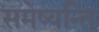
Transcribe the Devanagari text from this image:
समेष्यन्ति